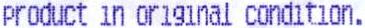
PRODUCT IN ORIGINAL CONDITION.